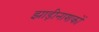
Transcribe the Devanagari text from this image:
झाड़ीनाशकों